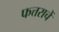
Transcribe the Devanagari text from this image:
फत्तराचें